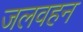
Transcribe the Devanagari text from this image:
जलवहन